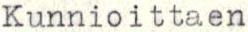
Kunnioittaen